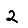
Digit: 2